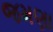
જમણા